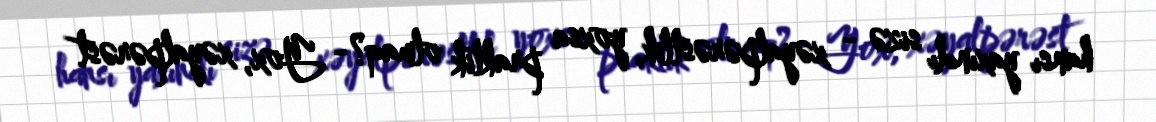
hansı yaxındı sizə - xəyalpərəstlik, yoxsa praktik olmaq?- Yox, xəyalpərəst